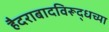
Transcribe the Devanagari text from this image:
हैदराबादविरूद्धच्या